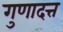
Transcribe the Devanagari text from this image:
गुणादत्त